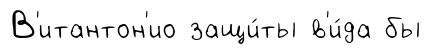
В'итантон'ио защи́ты в'и́да бы